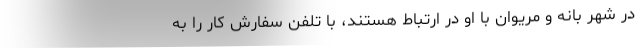
در شهر بانه و مريوان با او در ارتباط هستند، با تلفن سفارش كار را به